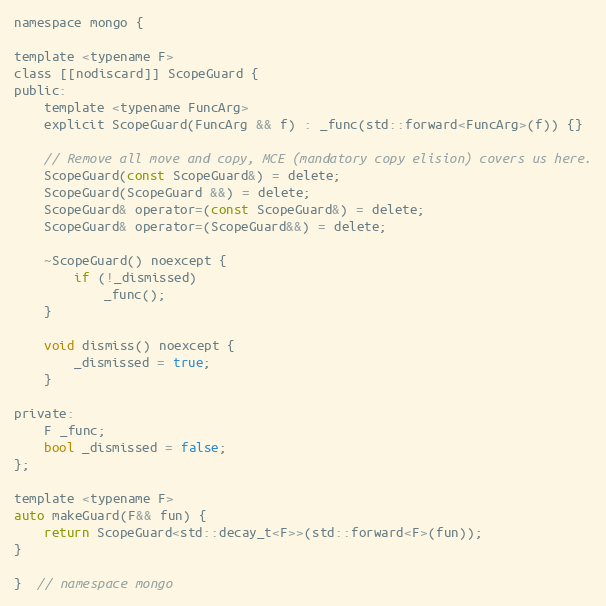
Language: C
namespace mongo {

template <typename F>
class [[nodiscard]] ScopeGuard {
public:
    template <typename FuncArg>
    explicit ScopeGuard(FuncArg && f) : _func(std::forward<FuncArg>(f)) {}

    // Remove all move and copy, MCE (mandatory copy elision) covers us here.
    ScopeGuard(const ScopeGuard&) = delete;
    ScopeGuard(ScopeGuard &&) = delete;
    ScopeGuard& operator=(const ScopeGuard&) = delete;
    ScopeGuard& operator=(ScopeGuard&&) = delete;

    ~ScopeGuard() noexcept {
        if (!_dismissed)
            _func();
    }

    void dismiss() noexcept {
        _dismissed = true;
    }

private:
    F _func;
    bool _dismissed = false;
};

template <typename F>
auto makeGuard(F&& fun) {
    return ScopeGuard<std::decay_t<F>>(std::forward<F>(fun));
}

}  // namespace mongo